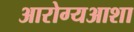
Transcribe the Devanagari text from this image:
आरोग्यआशा